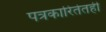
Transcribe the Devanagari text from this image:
पत्रकारितेतही